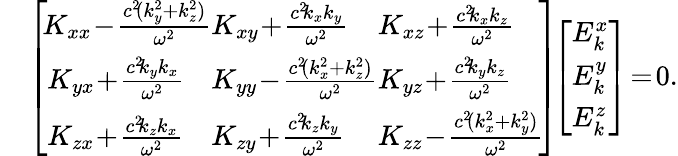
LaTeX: \begin{array}{rl}&{\left[\begin{array}{lll}{\! K_{xx}\! -\! \frac{c^{2}\! (k_{y}^{2}+k_{z}^{2})}{\omega^{2}}\! \! \! }&{\! \! \! K_{xy}\! +\! \frac{c^{2}\! k_{x}k_{y}}{\omega^{2}}\! \! \! }&{\! \! \! K_{xz}\! +\! \frac{c^{2}\! k_{x}k_{z}}{\omega^{2}}}\\ {K_{yx}\! +\! \frac{c^{2}\! k_{y}k_{x}}{\omega^{2}}\! \! \! }&{\! \! \! K_{yy}\! -\! \frac{c^{2}\! (k_{x}^{2}+k_{z}^{2})}{\omega^{2}}\! \! \! }&{\! \! \! K_{yz}\! +\! \frac{c^{2}\! k_{y}k_{z}}{\omega^{2}}}\\ {K_{zx}\! +\! \frac{c^{2}\! k_{z}k_{x}}{\omega^{2}}\! \! \! }&{\! \! \! K_{zy}\! +\! \frac{c^{2}\! k_{z}k_{y}}{\omega^{2}}\! \! \! }&{\! \! \! K_{zz}\! -\! \frac{c^{2}\! (k_{x}^{2}+k_{y}^{2})}{\omega^{2}}\! }\end{array}\right]\! \! \left[\begin{array}{l}{E_{k}^{x}}\\ {E_{k}^{y}}\\ {E_{k}^{z}}\end{array}\right]\! =\! 0.}\end{array}